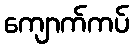
ကျောက်ကပ်